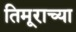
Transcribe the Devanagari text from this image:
तिमूराच्या